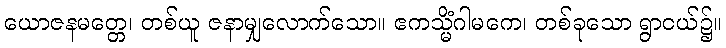
ယောဇနမတ္တေ၊ တစ်ယူ ဇနာမျှလောက်သော။ ဧကသ္မိံဂါမကေ၊ တစ်ခုသော ရွာငယ်၌။